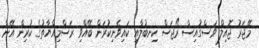
މޭޖަރު ޖޮއިލް ވަސްގުއިސް ރޯޖަސް ކިނބުލާއި ކައިވެނިކުރަން ބޭއްވި ރަސްމިއްޔާތުގެ ކުރިން އޭނާ